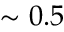
\sim 0 . 5